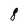
Character: 8